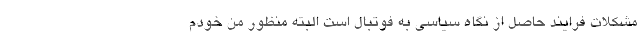
مشکلات فرایند حاصل از نگاه سیاسی به فوتبال است البته منظور من خودم